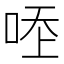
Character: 𠳒